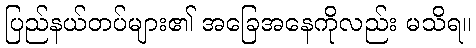
ပြည်နယ်တပ်များ၏ အခြေအနေကိုလည်း မသိရ။